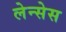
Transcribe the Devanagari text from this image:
लेन्सेस